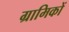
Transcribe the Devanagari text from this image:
ग्रामिकों